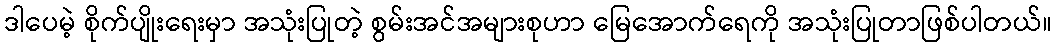
ဒါပေမဲ့ စိုက်ပျိုးရေးမှာ အသုံးပြုတဲ့ စွမ်းအင်အများစုဟာ မြေအောက်ရေကို အသုံးပြုတာဖြစ်ပါတယ်။